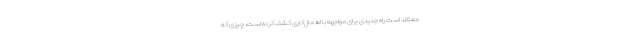
معتقد است راه جدیدی برای مواجهه با اهمال‌کاری کشف کرده است، چیزی که